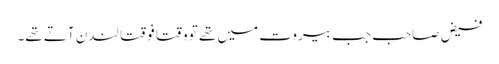
فیض صاحب جب بیروت میں تھے تو وقتاً فوقتاً لندن آتے تھے۔